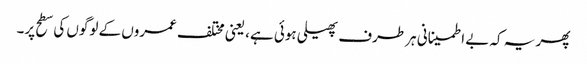
پھر یہ کہ بے اطمینانی ہر طرف پھیلی ہوئی ہے، یعنی مختلف عمروں کے لوگوں کی سطح پر۔